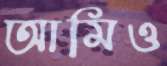
আমিও